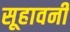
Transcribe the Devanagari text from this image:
सूहावनी